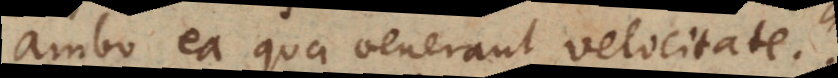
ambo ea qua venerant velocitate.